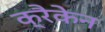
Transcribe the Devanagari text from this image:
क्रैकेन